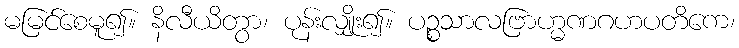
မမြင်စေမူ၍။ နိလီယိတွာ၊ ပုန်းလျှိုး၍။ ပဉ္စသာလဗြာဟ္မဏဂဟပတိကေ၊